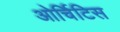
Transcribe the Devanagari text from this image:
ओर्चिटिस